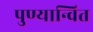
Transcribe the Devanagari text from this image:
पुण्यान्वित